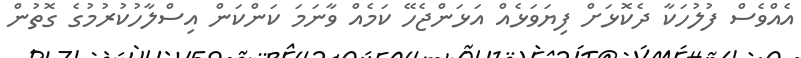
އެއްވެސް ފުލުހަކާ ދެކޮޅަށް ފިޔަވަޅެއް އަޅަންޖެހޭ ކަމެއް ވާނަމަ ކަންކަން އިސްލާހުކުރުމުގެ ގޮތުން